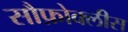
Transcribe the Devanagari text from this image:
सौफ़ोक्लीस